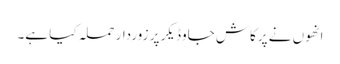
انھوں نے پرکاش جاوڈیکر پر زوردار حملہ کیا ہے۔